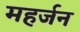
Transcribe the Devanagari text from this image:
महर्जन